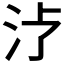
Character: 𱥶